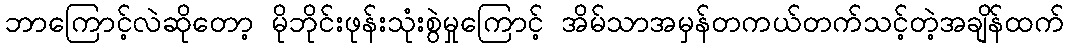
ဘာကြောင့်လဲဆိုတော့ မိုဘိုင်းဖုန်းသုံးစွဲမှုကြောင့် အိမ်သာအမှန်တကယ်တက်သင့်တဲ့အချိန်ထက်